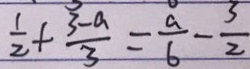
\frac { 1 } { 2 } + \frac { 3 - a } { 3 } = \frac { a } { 6 } - \frac { 3 } { 2 }